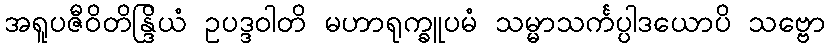
အရူပဇီဝိတိန္ဒြိယံ ဥပဒ္ဒဝါတိ မဟာရုက္ခူပမံ သမ္မာသင်္ကပ္ပါဒယောပိ သဗ္ဗော